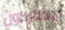
يطاردون